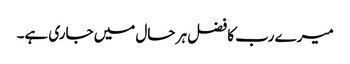
میرے رب کا فضل ہر حال میں جاری ہے۔